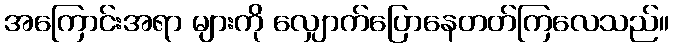
အကြောင်းအရာ များကို လျှောက်ပြောနေတတ်ကြလေသည်။